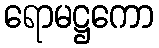
ရောမဋ္ဌကော